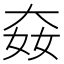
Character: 𡘛